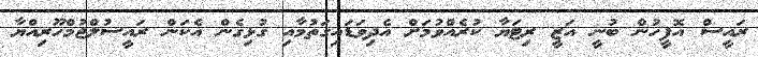
ރައީސް އޮފީހުން ބުނީ އަޒީ ރިޓަޔާ ކުރެއްވުމަށް އެދިވަޑައިގަތުމާއި ގުޅިގެން އެކަން ރައީސުލްޖުމްހޫރިއްޔާ